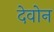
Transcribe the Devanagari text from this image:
देवोन